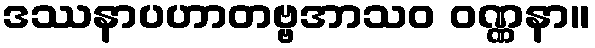
ဒဿနာပဟာတဗ္ဗအာသဝ ဝဏ္ဏနာ။